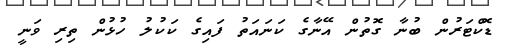
ޑޮކްޓަރުން ބުނާ ގޮތުން އޭނާގެ ކަނައަތު ފައިގެ ކަކުލު ހުޅުން ތިރި ވަނީ